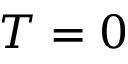
T = 0